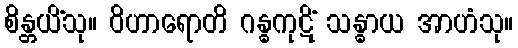
စိန္တယိံသု။ ဝိဟာရောတိ ဂန္ဓကုဋိံ သန္ဓာယ အာဟံသု။